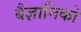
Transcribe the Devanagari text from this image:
बैज्ञानिको